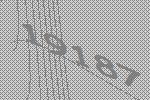
19187